Treatise on elephants
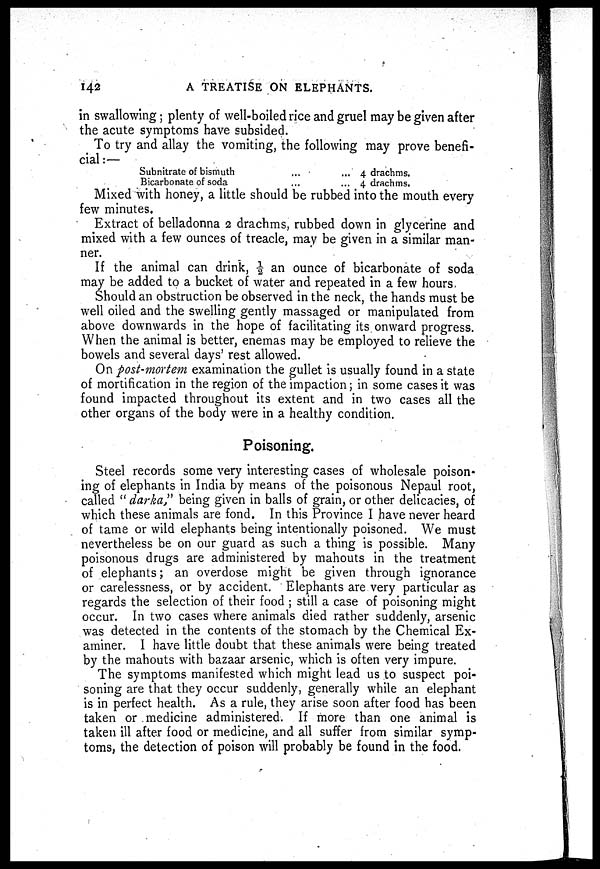
142
A TREATISE ON ELEPHANTS.
in swallowing; plenty of well-boiled rice and gruel may be given after
the acute symptoms have subsided.
To try and allay the vomiting, the following may prove benefi-
cial :—
Subnitrate of bismuth
Bicarbonate of soda
...
...
...
...
4 drachms.
4 drachms.
Mixed with honey, a little should be rubbed into the mouth every
few minutes.
Extract of belladonna 2 drachms, rubbed down in glycerine and
mixed with a few ounces of treacle, may be given in a similar man-
ner.
If the animal can drink, ½ an ounce of bicarbonate of soda
may be added to a bucket of water and repeated in a few hours.
Should an obstruction be observed in the neck, the hands must be
well oiled and the swelling gently massaged or manipulated from
above downwards in the hope of facilitating its onward progress.
When the animal is better, enemas may be employed to relieve the
bowels and several days' rest allowed.
On post-mortem examination the gullet is usually found in a state
of mortification in the region of the impaction; in some cases it was
found impacted throughout its extent and in two cases all the
other organs of the body were in a healthy condition.
Poisoning.
Steel records some very interesting cases of wholesale poison-
ing of elephants in India by means of the poisonous Nepaul root,
called "darka," being given in balls of grain, or other delicacies, of
which these animals are fond. In this Province I have never heard
of tame or wild elephants being intentionally poisoned. We must
nevertheless be on our guard as such a thing is possible. Many
poisonous drugs are administered by mahouts in the treatment
of elephants; an overdose might be given through ignorance
or carelessness, or by accident. Elephants are very particular as
regards the selection of their food ; still a case of poisoning might
occur. In two cases where animals died rather suddenly, arsenic
was detected in the contents of the stomach by the Chemical Ex-
aminer. I have little doubt that these animals were being treated
by the mahouts with bazaar arsenic, which is often very impure.
The symptoms manifested which might lead us to suspect poi-
soning are that they occur suddenly, generally while an elephant
is in perfect health. As a rule, they arise soon after food has been
taken or medicine administered. If more than one animal is
taken ill after food or medicine, and all suffer from similar symp-
toms, the detection of poison will probably be found in the food.